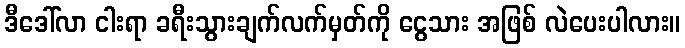
ဒီဒေါ်လာ ငါးရာ ခရီးသွားချက်လက်မှတ်ကို ငွေသား အဖြစ် လဲပေးပါလား။